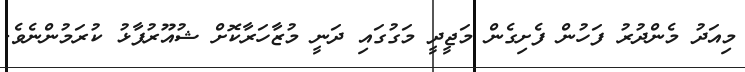
މިއަދު މެންދުރު ފަހުން ފެށިގެން މަޖީދީ މަގުގައި ދަނީ މުޒާހަރާކޮށް ޝުއޫރުފާޅު ކުރަމުންނެވެ.